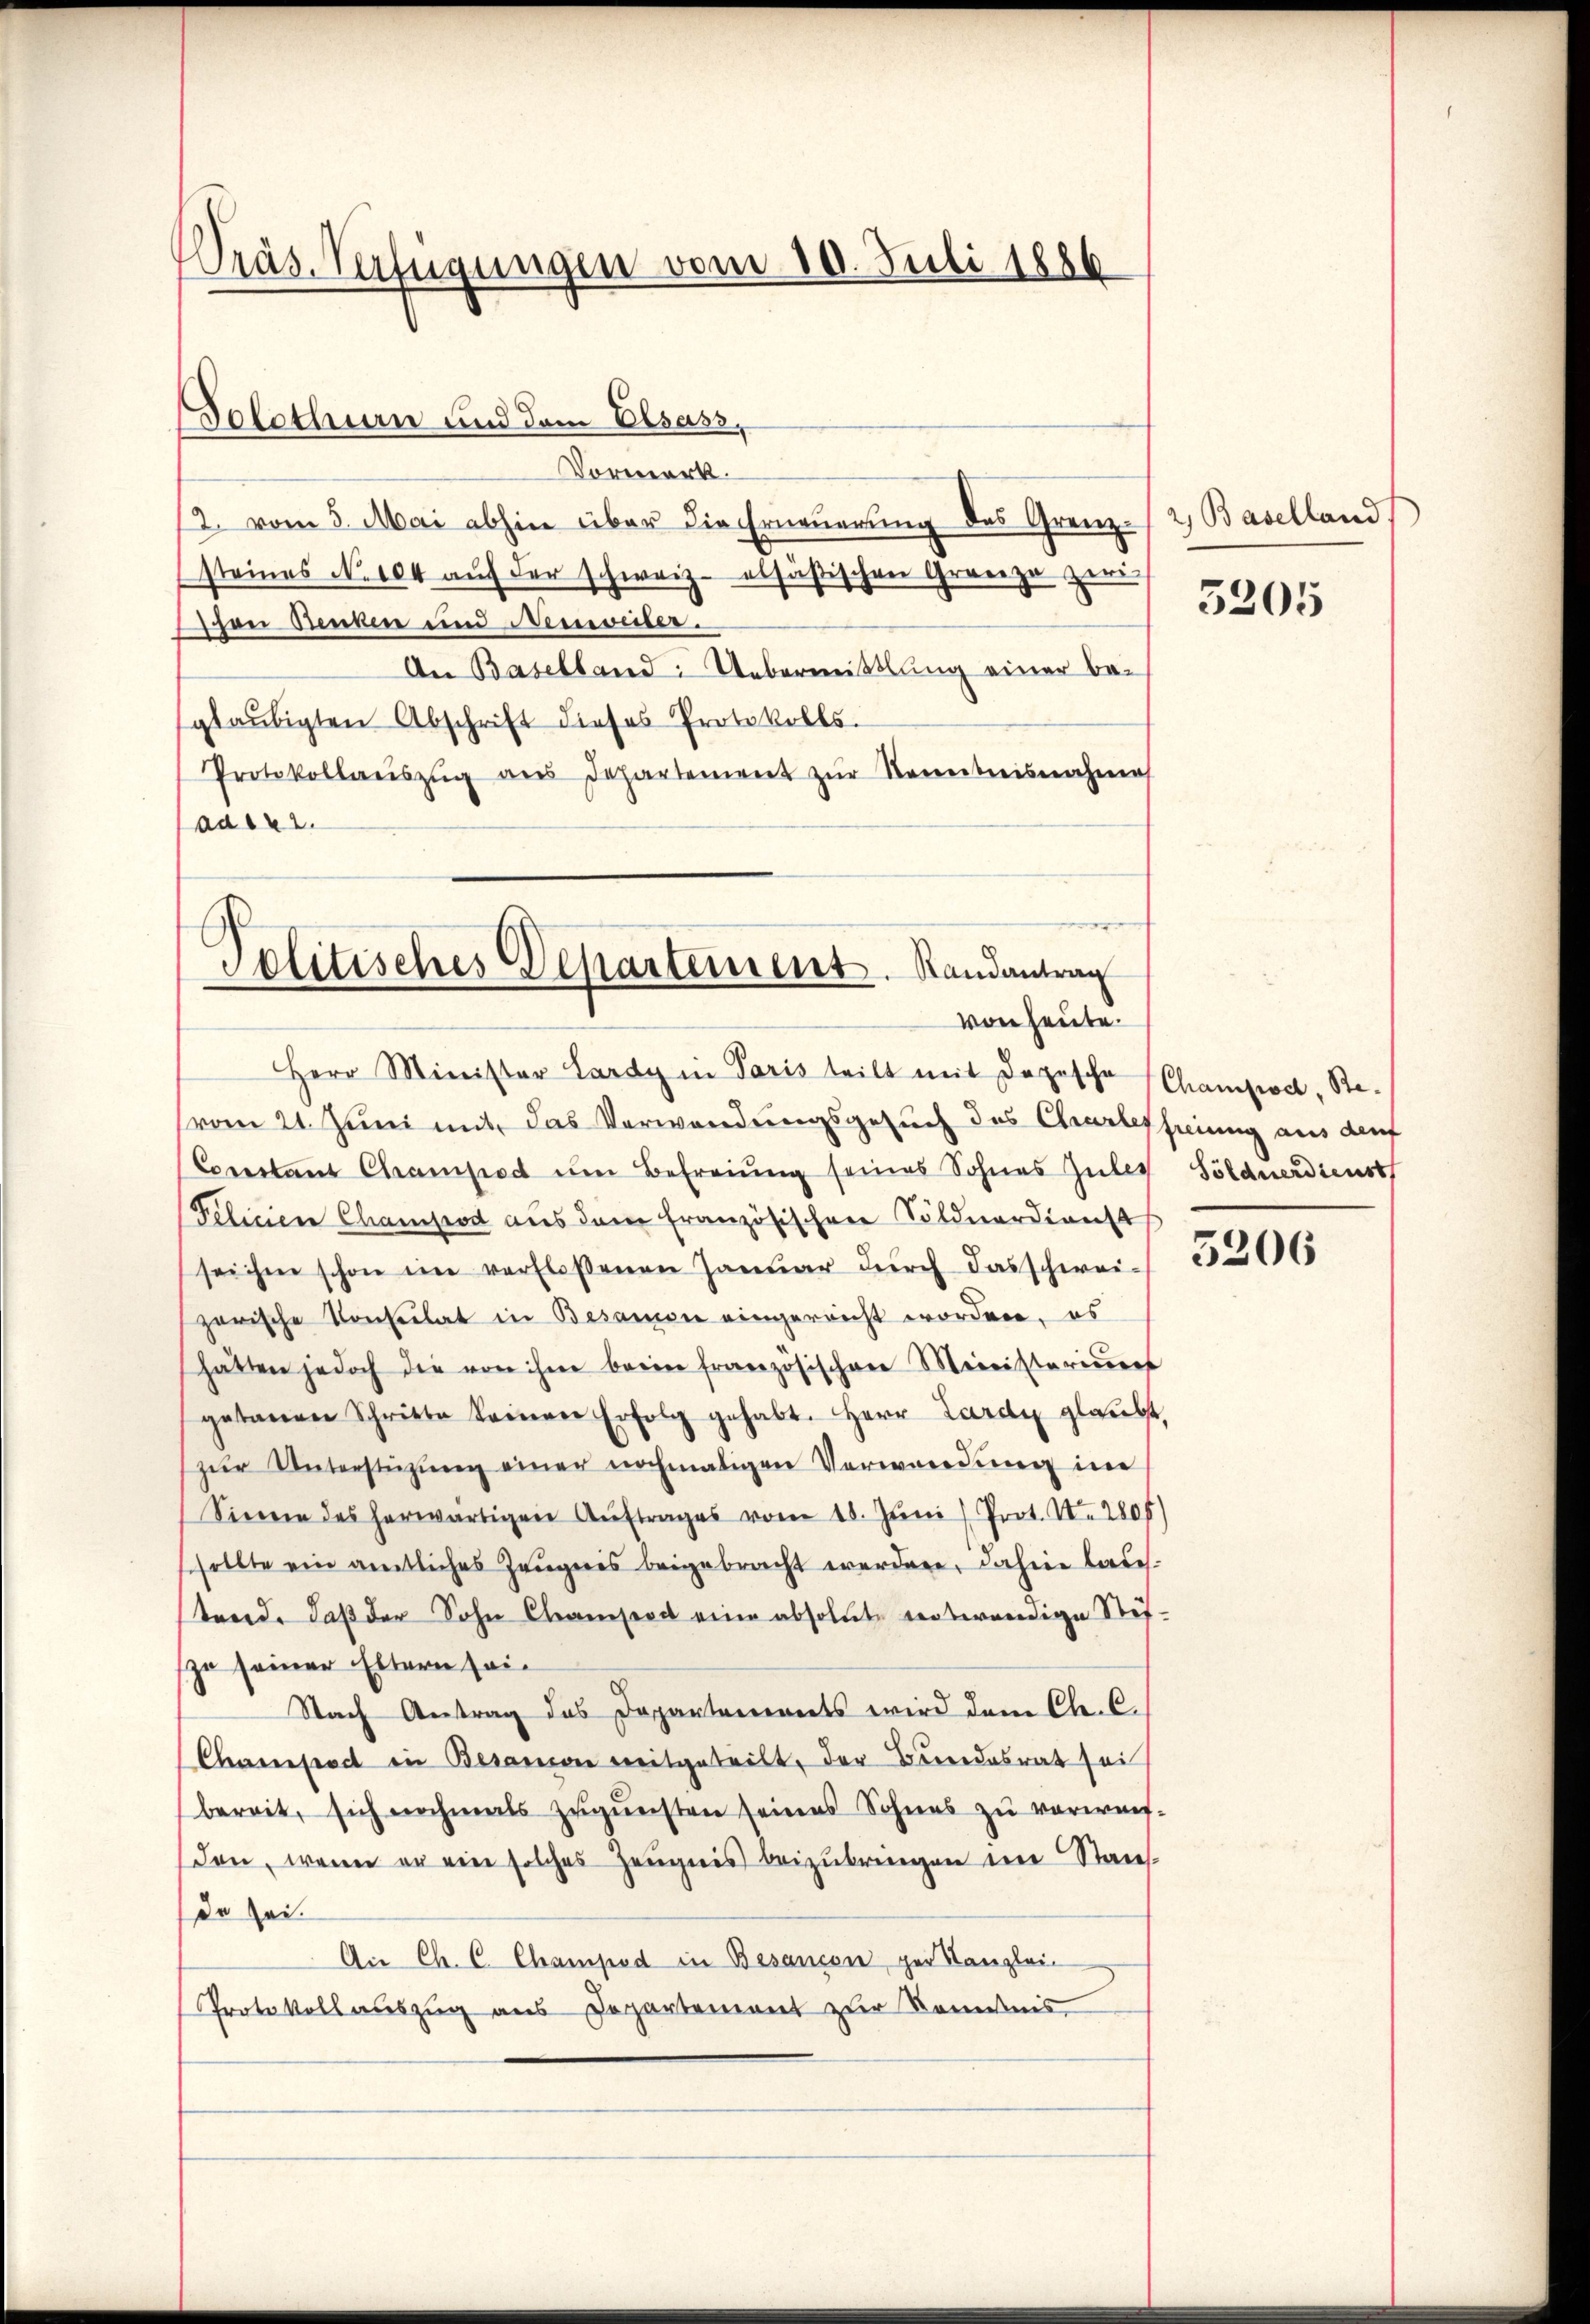
Wräs. Verfügungen vom 10. Juli 1886

Solothurn und dem Elsass,

von heute.
Herr Minister Lardy in Paris teilt mit Depesche Champod, Re¬

Vormerk
12. vom 5. Mai abhin über die Erneuerung des Grenz-/2, Baselland
steines No. 104 auf der schweiz elsäßischen Granze zwei
on Benken und Nespieler.
An Baselland: Uebermittlung einer beglaubigten Abschrift dieses Protokolls.
Protokollaŭszŭg aŭs Departement zŭr Kenntnisnahme
aaser
Politisches Departement. Randantrag

5205

vom 21. Juni mit das Verwendungsgesuch des Chartesfreiung aus den
Corestant Champod um Befreiung seines Sohnes Gutes Söldnerdienst
Felinen Champtod aus dem französischene Söldnerdienst
sei ihm schon im verfloßenen Janŭar dŭrch das schwei- 3300
zerische Konsulat in Besamon eingereicht worden, es
hatten jedoch die von ihm beim französischen Meinisteriums
getanen Schritte keinen Erfolg gehabt. Herr Lardy glaubt,
zŭr Unterstützŭng einer nochmaligen Verwendŭng in
Sinne des herwärtigen Aŭftrages vom 18. Juni / Prot. No. 2805)
sollte ein amtliches Zeugnis beigebracht werden, dahier lade.
tend. Daß der Sohn Chamsend eine absolute verwendige Stetzu seiner Eltern sei¬
Nach Antrag des Departements wird dem Chr. C.
Chamstadt in Besamen weitgeteilt, der Bundesrat sei
bereit, sich nochmals zŭgŭnsten seines Sohnes zu verweis-
den, wenn er ein solches Zeŭgnis beizubringen im Stauf-
de sei.
An Ch. C. Champod in Besancon per Kanzlei-
Protokoll auszug aus Departement zur Kenntnis